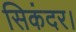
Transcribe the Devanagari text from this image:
सिकंदर।